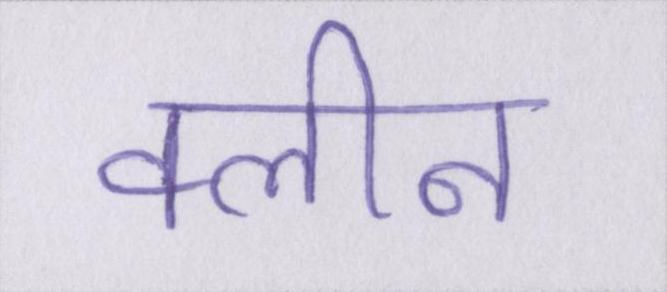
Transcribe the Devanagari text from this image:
क्लीन